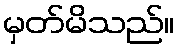
မှတ်မိသည်။